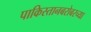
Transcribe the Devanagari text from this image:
पाकिस्तानबरोबरच्या